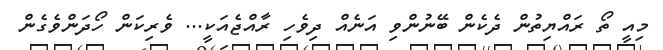
މިއީ ތޯ ރައްޔިތުން ދެކެން ބޭނުންވި އަނެއް ދިވެހި ރާއްޖެއަކީ... ވެރިކަން ހޯދަންވެގެން